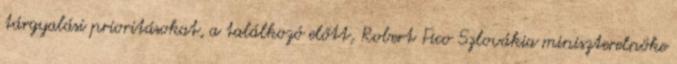
tárgyalási prioritásokat, a találkozó előtt, Robert Fico Szlovákia miniszterelnöke